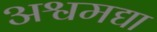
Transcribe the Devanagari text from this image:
अश्वमद्या